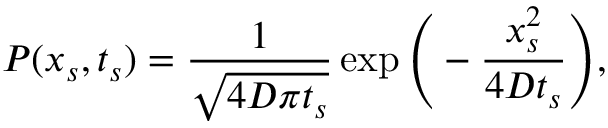
P ( x _ { s } , t _ { s } ) = \frac { 1 } { \sqrt { 4 D \pi t _ { s } } } \exp \Bigg ( - \frac { x _ { s } ^ { 2 } } { 4 D t _ { s } } \Bigg ) ,